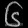
Digit: ၆